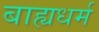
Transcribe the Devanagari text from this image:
बाह्यधर्म